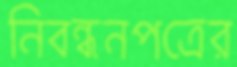
নিবন্ধনপত্রের